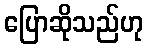
ပြောဆိုသည်ဟု